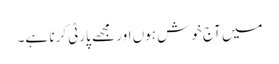
میں آج خوش ہوں اور مجھے پارٹی کرنا ہے۔